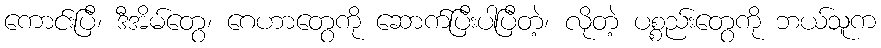
ကောင်းပြီ၊ ဒီအိမ်တွေ၊ ဂေဟာတွေကို ဆောက်ပြီးပါပြီတဲ့၊ လိုတဲ့ ပစ္စည်းတွေကို ဘယ်သူက